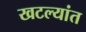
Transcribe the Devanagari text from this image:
खटल्यांत